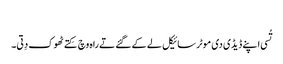
‏
تُسی اپنے ڈیڈی دی موٹر سائیکل لے کے گئے تے راہ وچ کِتے ٹھوک دِتی۔